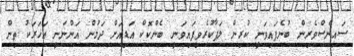
ސައިންސްވެރިން ބުނެފައިވަނީ ކުރިން ލަފާކުރެވިފައިވަނީ ބެންކޮކް އަޑިއަށް ދަމުން އަންނަނީ އަހަރަކު ތިން